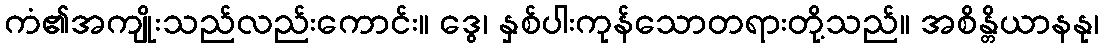
ကံ၏အကျိုးသည်လည်းကောင်း။ ဒွေ၊ နှစ်ပါးကုန်သောတရားတို့သည်။ အစိန္တိယာနနု၊